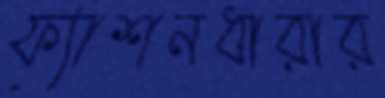
ফ্যাশনধারার